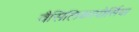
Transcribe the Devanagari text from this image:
वैसिलिकापोर्सिया